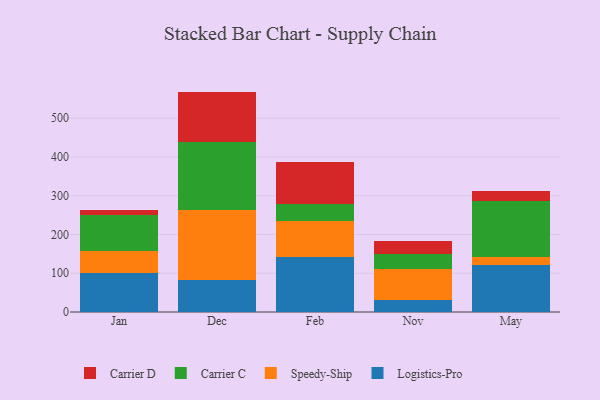
{"axis": {"x": "Month", "y": "Operating Costs (USD K)"}, "legend": ["Carrier C", "Carrier D", "Logistics-Pro", "Speedy-Ship"], "data": [{"x": "Jan", "y": 101.3, "type": "Logistics-Pro"}, {"x": "Jan", "y": 56.9, "type": "Speedy-Ship"}, {"x": "Jan", "y": 90.9, "type": "Carrier C"}, {"x": "Jan", "y": 13.0, "type": "Carrier D"}, {"x": "Dec", "y": 82.4, "type": "Logistics-Pro"}, {"x": "Dec", "y": 179.6, "type": "Speedy-Ship"}, {"x": "Dec", "y": 177.1, "type": "Carrier C"}, {"x": "Dec", "y": 129.5, "type": "Carrier D"}, {"x": "Feb", "y": 141.3, "type": "Logistics-Pro"}, {"x": "Feb", "y": 92.2, "type": "Speedy-Ship"}, {"x": "Feb", "y": 46.0, "type": "Carrier C"}, {"x": "Feb", "y": 107.3, "type": "Carrier D"}, {"x": "Nov", "y": 31.5, "type": "Logistics-Pro"}, {"x": "Nov", "y": 80.0, "type": "Speedy-Ship"}, {"x": "Nov", "y": 37.6, "type": "Carrier C"}, {"x": "Nov", "y": 35.1, "type": "Carrier D"}, {"x": "May", "y": 122.5, "type": "Logistics-Pro"}, {"x": "May", "y": 20.5, "type": "Speedy-Ship"}, {"x": "May", "y": 144.0, "type": "Carrier C"}, {"x": "May", "y": 26.3, "type": "Carrier D"}]}